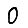
Digit: 0